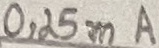
Text: 0,25mA